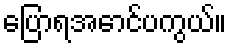
ပြောရအောင်ပကွယ်။